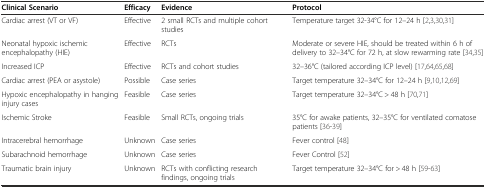
| Clinical Scenario | Efficacy | Evidence | Protocol |
 | --- | --- | --- | --- |
 | Cardiac arrest (VT or VF) | Effective | 2 small RCTs and multiple cohort studies | Temperature target 32-34°C for 12–24 h [2,3,30,31] |
 | Neonatal hypoxic ischemic encephalopathy (HIE) | Effective | RCTs | Moderate or severe HIE, should be treated within 6 h of delivery to 32–34°C for 72 h, at slow rewarming rate [34,35] |
 | Increased ICP | Effective | RCTs and cohort studies | 32–36°C (tailored according ICP level) [17,64,65,68] |
 | Cardiac arrest (PEA or asystole) | Possible | Case series | Target temperature 32–34°C for 12–24 h [9,10,12,69] |
 | Hypoxic encephalopathy in hanging injury cases | Feasible | Case series | Target temperature 32–34°C > 48 h [70,71] |
 | Ischemic Stroke | Feasible | Small RCTs, ongoing trials | 35°C for awake patients, 32–35°C for ventilated comatose patients [36-39] |
 | Intracerebral hemorrhage | Unknown | Case series | Fever control [48] |
 | Subarachnoid hemorrhage | Unknown | Case series | Fever Control [52] |
 | Traumatic brain injury | Unknown | RCTs with conflicting research findings, ongoing trials | Target temperature 32–34°C for > 48 h [59-63] |